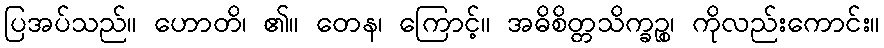
ပြအပ်သည်။ ဟောတိ၊ ၏။ တေန၊ ကြောင့်။ အဓိစိတ္တသိက္ခဉ္စ၊ ကိုလည်းကောင်း။